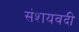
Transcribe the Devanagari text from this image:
संशयवदी